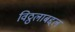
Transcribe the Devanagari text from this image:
विठ्ठलाबद्दल